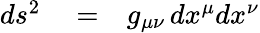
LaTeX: \begin{array}{rlr}{ds^{2}}&{{}=}&{g_{\mu\nu}\, dx^{\mu}dx^{\nu}}\end{array}